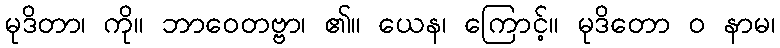
မုဒိတာ၊ ကို။ ဘာဝေတဗ္ဗာ၊ ၏။ ယေန၊ ကြောင့်။ မုဒိတော ဝ နာမ၊